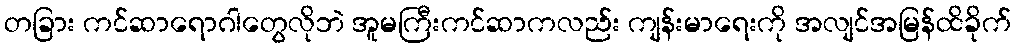
တခြား ကင်ဆာရောဂါတွေလိုဘဲ အူမကြီးကင်ဆာကလည်း ကျန်းမာရေးကို အလျင်အမြန်ထိခိုက်